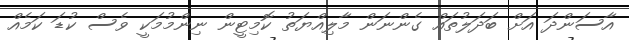
އާސަންދަ އަށް ބަދަލުތައް ގެންނަން މާލިއްޔަތު ކޮމިޓީން ނިންމުމަކީ ވެސް ކުޑަ ކަމެއް